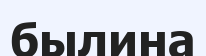
былина